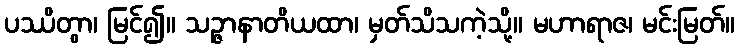
ပဿိတွာ၊ မြင်၍။ သဉ္ဇာနာတိယထာ၊ မှတ်သိသကဲ့သို့။ မဟာရာဇ၊ မင်းမြတ်။